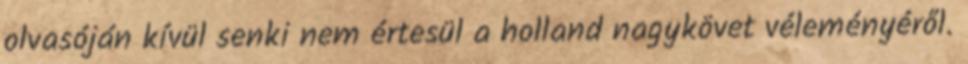
olvasóján kívül senki nem értesül a holland nagykövet véleményéről.